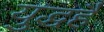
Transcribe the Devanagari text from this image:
युद्धहै